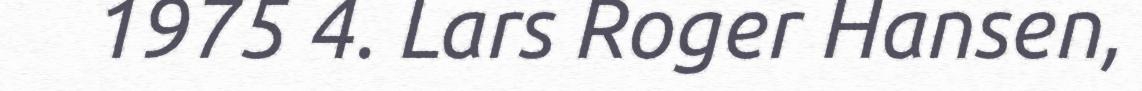
1975 4. Lars Roger Hansen,